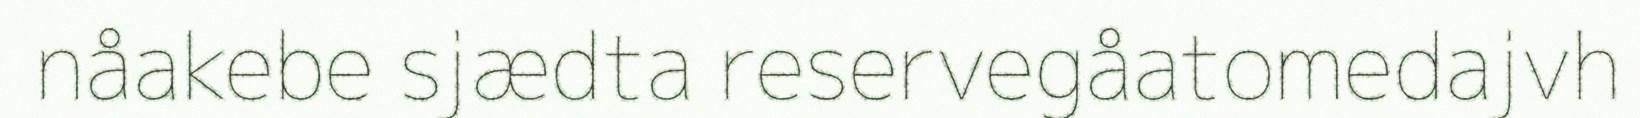
nåakebe sjædta reservegåatomedajvh